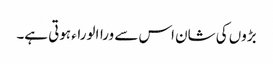
بڑوں کی شان اس سے وراالوراء ہوتی ہے۔